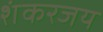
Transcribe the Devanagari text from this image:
शंकरजय